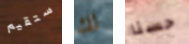
ستقيم لك حسنا